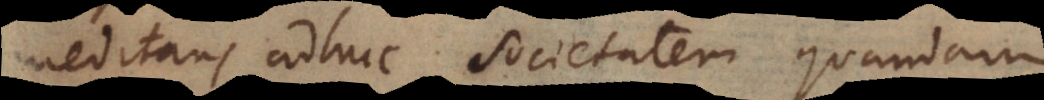
meditans adhuc societatem quandam